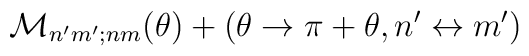
{\cal M}_{n^\prime m^\prime;nm}(\theta) + (\theta \rightarrow \pi+\theta, n^\prime\leftrightarrow m^\prime)